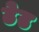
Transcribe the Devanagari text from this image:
ढेढ